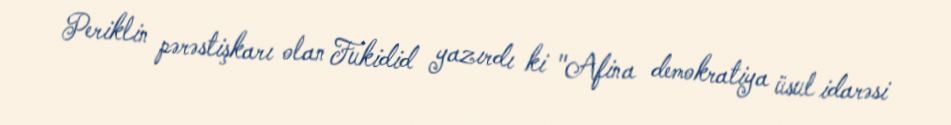
Periklin pərəstişkarı olan Fukidid yazırdı ki "Afina demokratiya üsul idarəsi